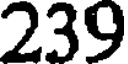
239